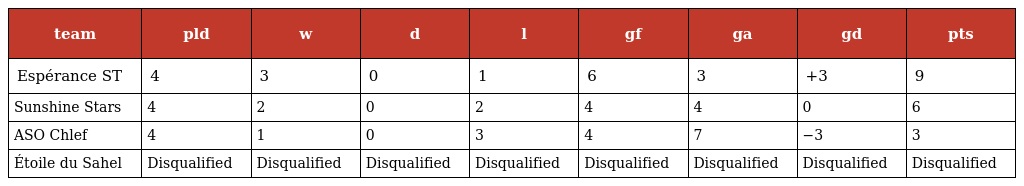
| team | pld | w | d | l | gf | ga | gd | pts |
 | --- | --- | --- | --- | --- | --- | --- | --- | --- |
 | Espérance ST | 4 | 3 | 0 | 1 | 6 | 3 | +3 | 9 |
 | Sunshine Stars | 4 | 2 | 0 | 2 | 4 | 4 | 0 | 6 |
 | ASO Chlef | 4 | 1 | 0 | 3 | 4 | 7 | −3 | 3 |
 | Étoile du Sahel | Disqualified | Disqualified | Disqualified | Disqualified | Disqualified | Disqualified | Disqualified | Disqualified |